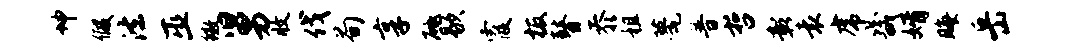
坤假法巫徽舅收伐荀享砥歇霞板瞽忝租甍普哲彰袁虎畿婿晦岳